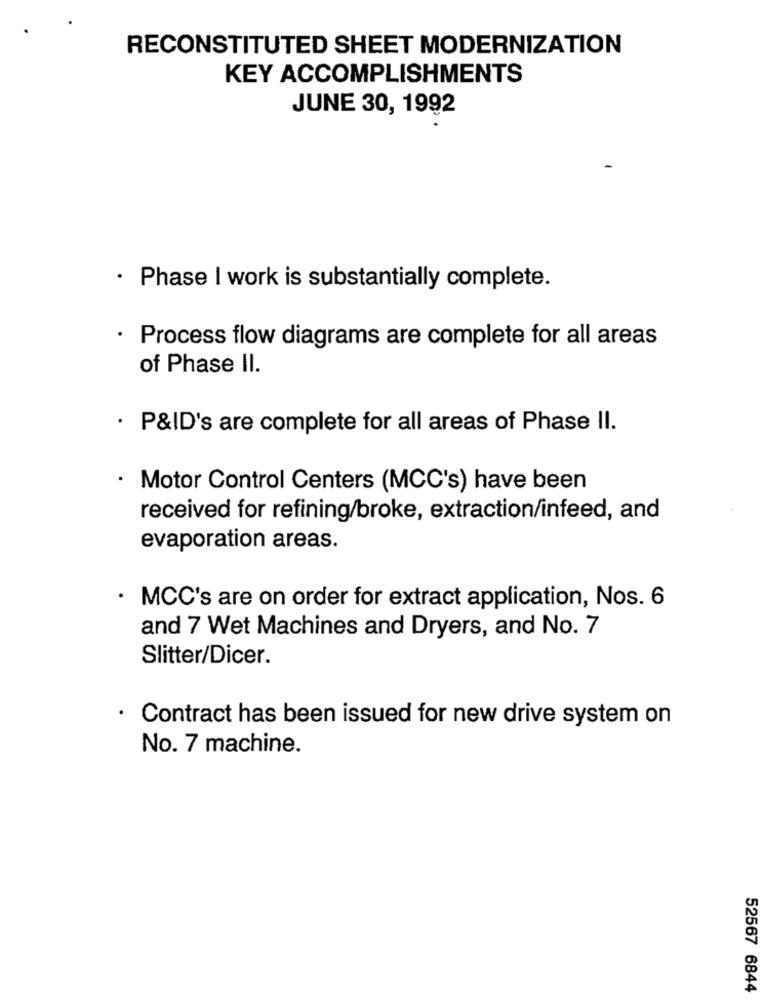
RECONSTITUTED SHEET MODERNIZATION
KEY ACCOMPLISHMENTS
JUNE 30, 1992
· Phase I work is substantially complete.
· Process flow diagrams are complete for all areas
of Phase II.
· P&ID's are complete for all areas of Phase II.
Motor Control Centers (MCC's) have been
received for refining/broke, extraction/infeed, and
evaporation areas.
MCC's are on order for extract application, Nos. 6
and 7 Wet Machines and Dryers, and No. 7
Slitter/Dicer.
Contract has been issued for new drive system on
No. 7 machine.
52567 6844